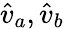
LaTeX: \hat{v}_{a},\hat{v}_{b}